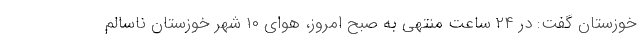
خوزستان گفت: در ۲۴ ساعت منتهی به صبح امروز، هوای ۱۰ شهر خوزستان ناسالم